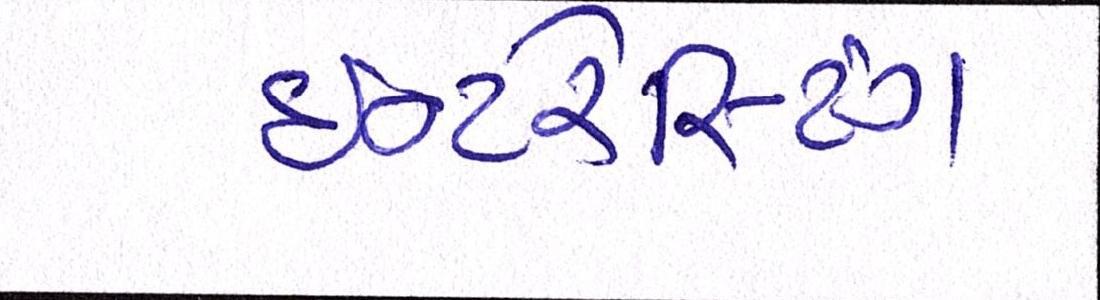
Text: ઇન્ટરેસ્ટિંગ